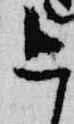
今